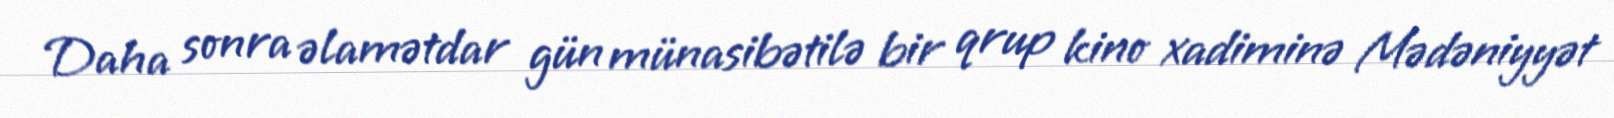
Daha sonra əlamətdar gün münasibətilə bir qrup kino xadiminə Mədəniyyət